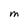
Character: M